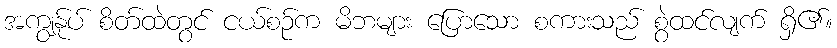
အကျွန်ုပ် စိတ်ထဲတွင် ငယ်စဉ်က မိဘများ ပြောသော စကားသည် စွဲထင်လျက် ရှိ၏။